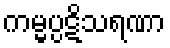
ကမ္မပ္ပဋိသရဏာ